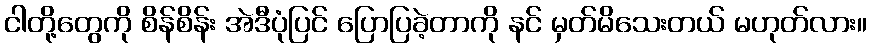
ငါတို့တွေကို စိန်စိန်း အဲဒီပုံပြင် ပြောပြခဲ့တာကို နင် မှတ်မိသေးတယ် မဟုတ်လား။